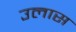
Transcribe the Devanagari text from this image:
उलास